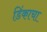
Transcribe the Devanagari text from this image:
डिंकाचा